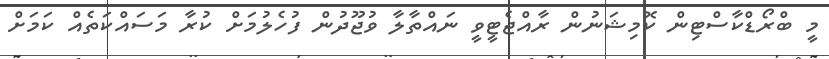
މީ ބްރޯޑްކާސްޓިން ކޮމިޝަނުން ރާއްޖެޓީވީ ނައްތާލާ ވުޖޫދުން ފުހެލުމަށް ކުރާ މަސައްކަތެއް ކަމަށް